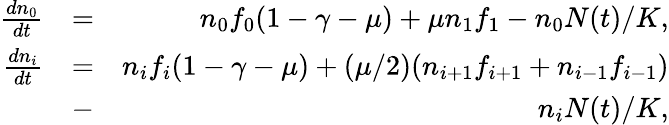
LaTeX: \begin{array}{rlr}{\frac{dn_{0}}{dt}}&{=}&{n_{0}f_{0}(1-\gamma-\mu)+\mu n_{1}f_{1}-n_{0}N(t)/K,}\\ {\frac{dn_{i}}{dt}}&{=}&{n_{i}f_{i}(1-\gamma-\mu)+(\mu/2)(n_{i+1}f_{i+1}+n_{i-1}f_{i-1})}\\ &{-}&{n_{i}N(t)/K,}\end{array}